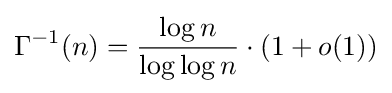
\Gamma ^{-1}(n)={\frac {\log n}{\log \log n}}\cdot (1+o(1))